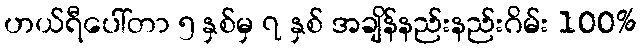
ဟယ်ရီပေါ်တာ ၅ နှစ်မှ ၇ နှစ် အချိန်နည်းနည်းဂိမ်း 100%